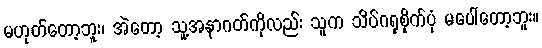
မဟုတ်တော့ဘူး၊ အဲတော့ သူ့အနာဂတ်ကိုလည်း သူက သိပ်ဂရုစိုက်ပုံ မပေါ်တော့ဘူး။